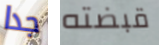
جدا قبضته